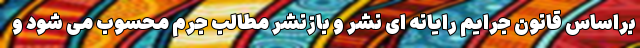
براساس قانون جرایم رایانه ای نشر و بازنشر مطالب جرم محسوب می شود و